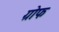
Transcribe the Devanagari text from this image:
ग्रोफ